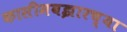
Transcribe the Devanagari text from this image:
कासीमबझारच्या